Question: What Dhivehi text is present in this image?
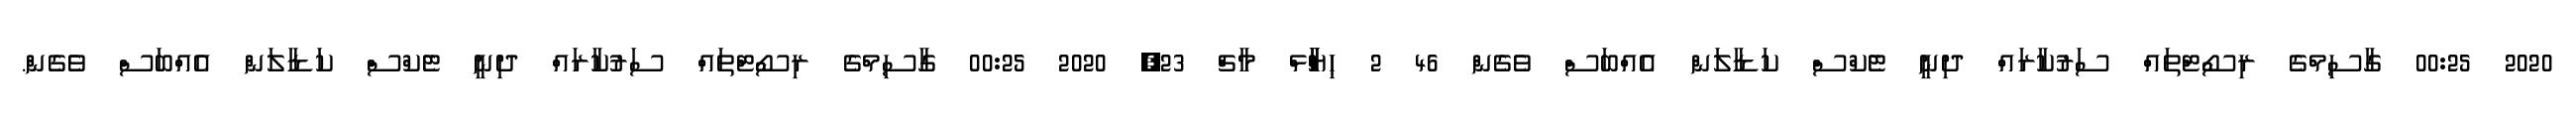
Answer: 2020 00:25 ގާސިމްގެ ރިސޯޓްތައް ސަރުކާރައް ދިނީ ޓެކްސް ކަޑާލަން އެއްބަސް ވެގެން 46 2 ޙިޔާާްްޅް މާޗް 23, 2020 00:25 ގާސިމްގެ ރިސޯޓްތައް ސަރުކާރައް ދިނީ ޓެކްސް ކަޑާލަން އެއްބަސް ވެގެން.